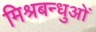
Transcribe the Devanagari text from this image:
मिश्रबन्धुओं